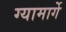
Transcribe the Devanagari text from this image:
ग्यामार्गे